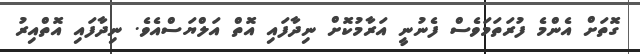
ގޮތަށް އެންމެ ފުރަތަމަވެސް ފެނުނީ އަރާމުކޮށް ނިދާފައި އޮތް އަލްޔަސްއެވެ. ނިދާފައި އޮތްއިރު